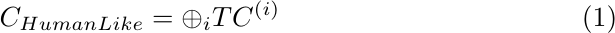
\begin{equation}
C_{HumanLike} = \oplus_{i} TC^{(i)}
\end{equation}